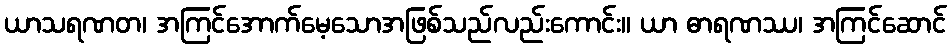
ယာသရဏတ၊ အကြင်အောက်မေ့သောအဖြစ်သည်လည်းကောင်း။ ယာ ဓာရဏဿ၊ အကြင်ဆောင်